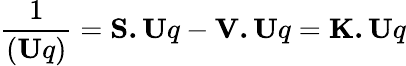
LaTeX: {\frac{1}{(\mathbf{U}q)}}=\mathbf{S.U}q-\mathbf{V.U}q=\mathbf{K.U}q